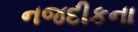
નજદીકના